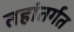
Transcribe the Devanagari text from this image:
तहांतर्गत